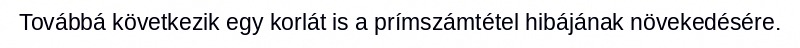
Továbbá következik egy korlát is a prímszámtétel hibájának növekedésére.